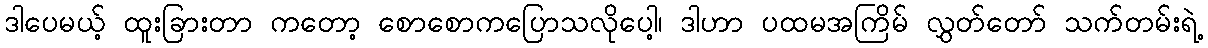
ဒါပေမယ့် ထူးခြားတာ ကတော့ စောစောကပြောသလိုပေါ့၊ ဒါဟာ ပထမအကြိမ် လွှတ်တော် သက်တမ်းရဲ့